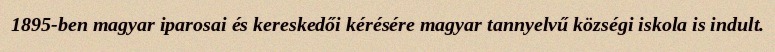
1895-ben magyar iparosai és kereskedői kérésére magyar tannyelvű községi iskola is indult.